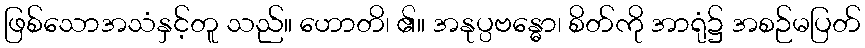
ဖြစ်သောအသံနှင့်တူ သည်။ ဟောတိ၊ ၏။ အနုပ္ပဗန္ဓော၊ စိတ်ကို အာရုံ၌ အစဉ်မပြတ်